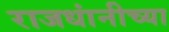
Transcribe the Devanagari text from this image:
राजधांनीच्या